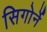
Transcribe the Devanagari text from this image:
सिगोर्ने